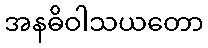
အနဓိဝါသယတော